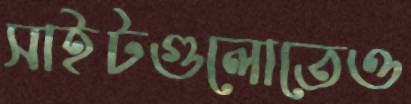
সাইটগুলোতেও